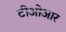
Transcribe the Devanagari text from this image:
टीओआर